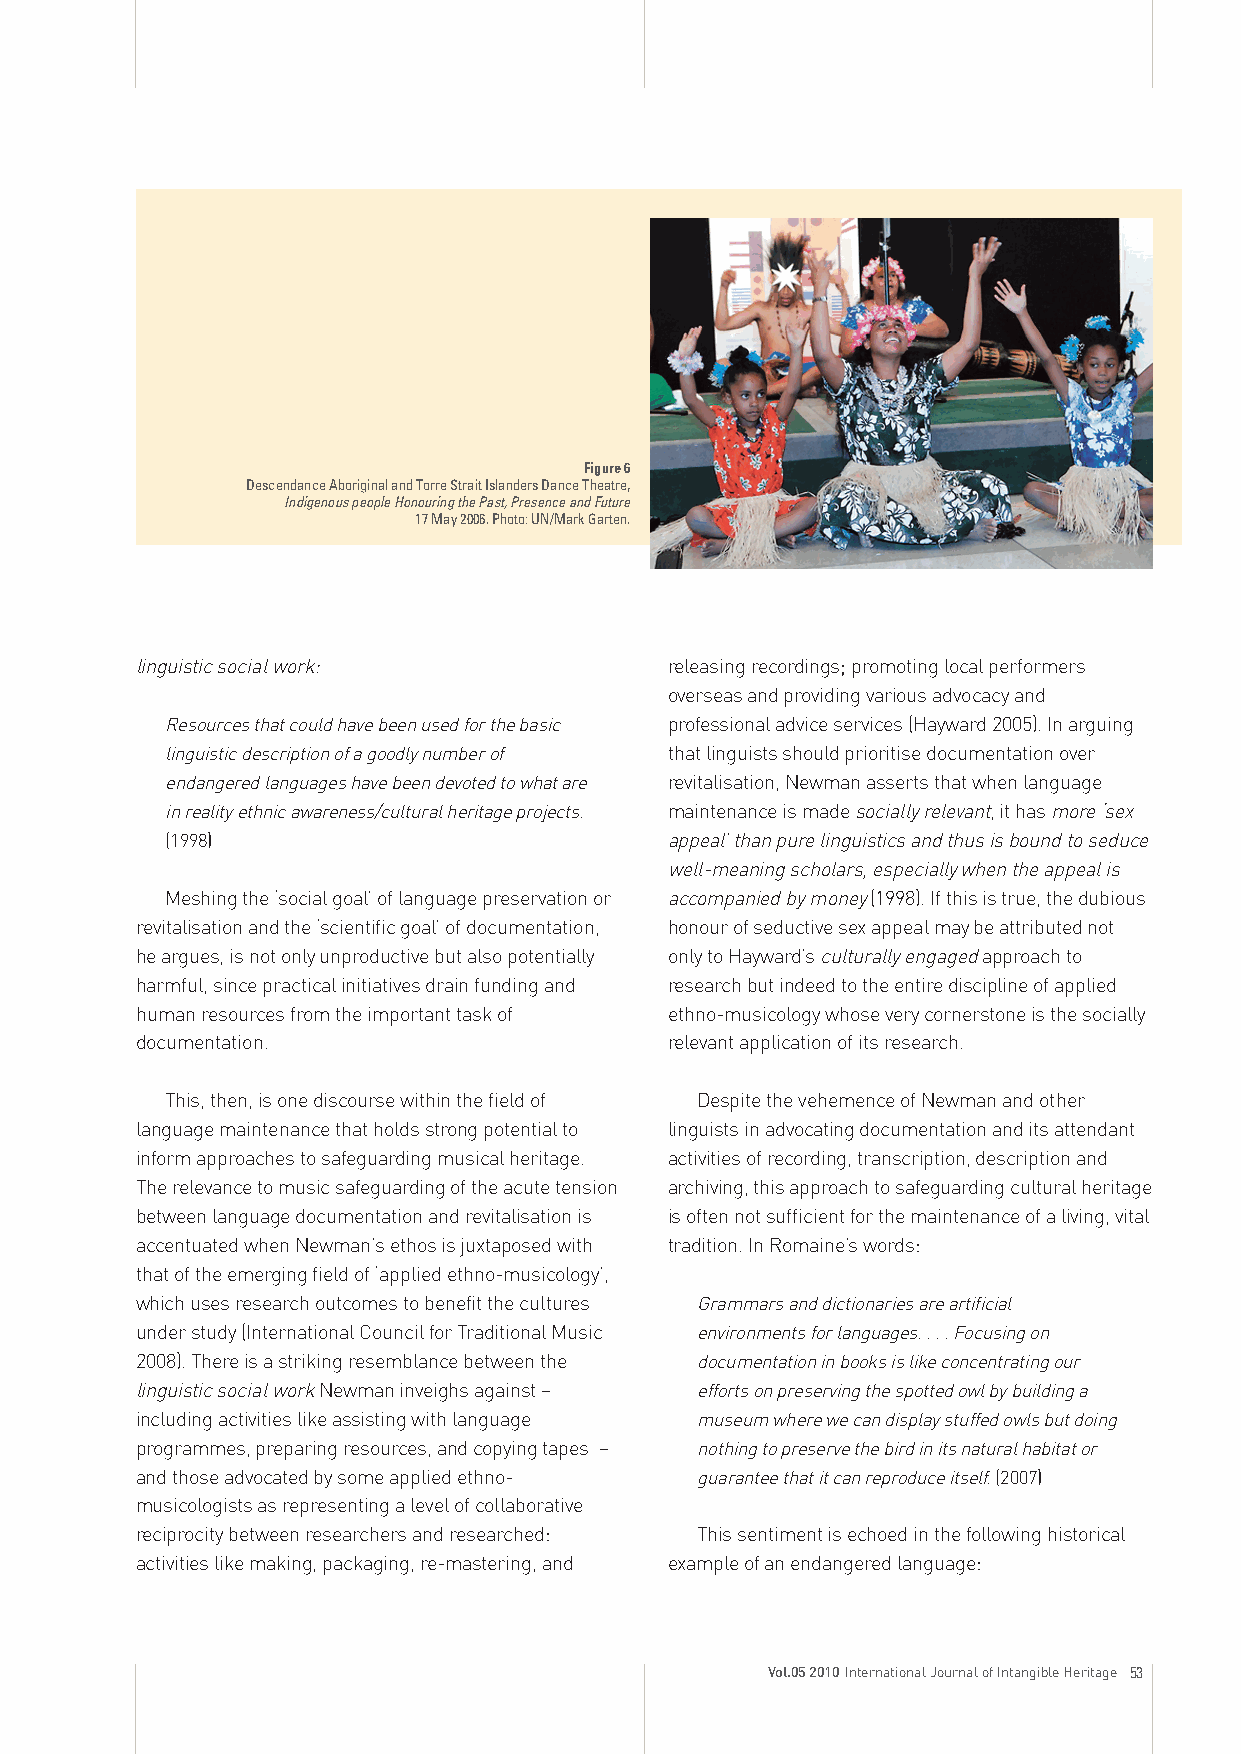
Figure 6
 Descendance Aboriginal and Torre Strait Islanders Dance Theatre,
 Indigenous people Honouring the Past, Presence and Future
 17 May 2006. Photo: UN/Mark Garten.
 linguistic social work:            releasing recordings; promoting local performers
 overseas and providing various advocacy and
 Resources that could have been used for the basic professional advice services (Hayward 2005). In arguing
 linguistic description of a goodly number of that linguists should prioritise documentation over
 endangered languages have been devoted to what are revitalisation, Newman asserts that when language
 in reality ethnic awareness/cultural heritage projects. maintenance is made socially relevant, it has more ‘sex
 (1998)                           appeal’ than pure linguistics and thus is bound to seduce
 well-meaning scholars, especially when the appeal is
 Meshing the ‘social goal’ of language preservation or accompanied by money (1998). If this is true, the dubious
 revitalisation and the ‘scientific goal’ of documentation, honour of seductive sex appeal may be attributed not
 he argues, is not only unproductive but also potentially only to Hayward’s culturally engaged approach to
 harmful, since practical initiatives drain funding and research but indeed to the entire discipline of applied
 human resources from the important task of ethno-musicology whose very cornerstone is the socially
 documentation.                     relevant application of its research.
 This, then, is one discourse within the field of Despite the vehemence of Newman and other
 language maintenance that holds strong potential to linguists in advocating documentation and its attendant
 inform approaches to safeguarding musical heritage. activities of recording, transcription, description and
 The relevance to music safeguarding of the acute tension archiving, this approach to safeguarding cultural heritage
 between language documentation and revitalisation is is often not sufficient for the maintenance of a living, vital
 accentuated when Newman’s ethos is juxtaposed with tradition. In Romaine’s words:
 that of the emerging field of ‘applied ethno-musicology’,
 which uses research outcomes to benefit the cultures Grammars and dictionaries are artificial
 under study (International Council for Traditional Music environments for languages. . . . Focusing on
 2008). There is a striking resemblance between the documentation in books is like concentrating our
 linguistic social work Newman inveighs against – efforts on preserving the spotted owl by building a
 including activities like assisting with language museum where we can display stuffed owls but doing
 programmes, preparing resources, and copying tapes – nothing to preserve the bird in its natural habitat or
 and those advocated by some applied ethno- guarantee that it can reproduce itself. (2007)
 musicologists as representing a level of collaborative
 reciprocity between researchers and researched: This sentiment is echoed in the following historical
 activities like making, packaging, re-mastering, and example of an endangered language:
 Vol.05 2010 International Journal of Intangible Heritage 53